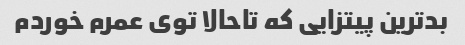
بدترین پیتزایی که تاحالا توی عمرم خوردم